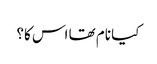
کیا نام تھا اس کا؟